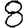
Digit: 8